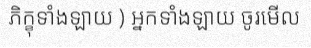
ភិក្ខុទាំងឡាយ ) អ្នកទាំងឡាយ ចូរមើល